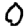
Digit: 0